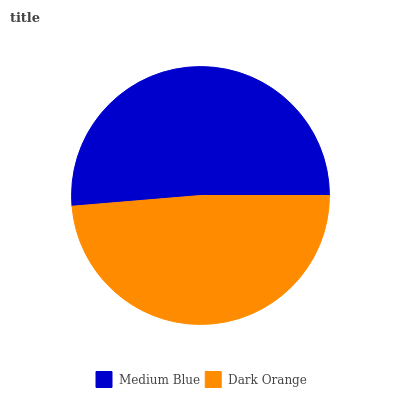
| Medium Blue | Dark Orange |
 | --- | --- |
 | 51.3% | 48.7% |